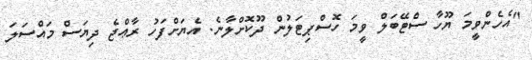
"އެހެންވީމަ ޔޫހާ ސްޓޭބަލް ވީމަ ހޮސްޕިޓަލުން ދޫކޮށްލާނެ. އެޔަށްފަހު ރާޢްޖެ ދިޔަސް މައްސަލަ